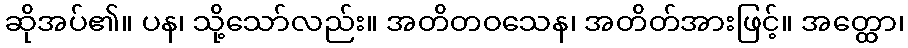
ဆိုအပ်၏။ ပန၊ သို့သော်လည်း။ အတိတဝသေန၊ အတိတ်အားဖြင့်။ အတ္ထော၊